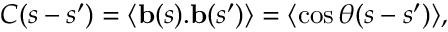
C ( s - s { ' } ) = \langle \mathbf { b } ( s ) . \mathbf { b } ( s { ' } ) \rangle = \langle \cos \theta ( s - s { ' } ) \rangle ,